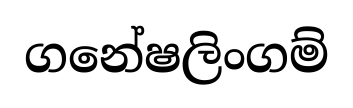
ගනේෂලිංගම්